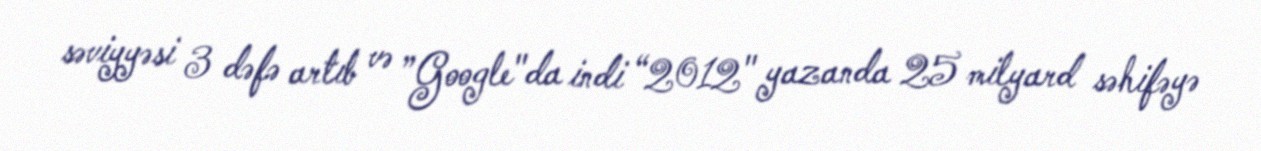
səviyyəsi 3 dəfə artıb və ”Google"da indi “2012" yazanda 25 milyard səhifəyə